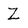
Character: Z